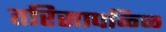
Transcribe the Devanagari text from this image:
तरिसापळ्ळि